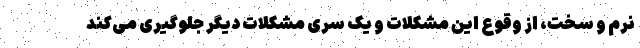
نرم و سخت، از وقوع این مشکلات و یک سری مشکلات دیگر جلوگیری می‌کند